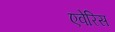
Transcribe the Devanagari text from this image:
एवेरिस